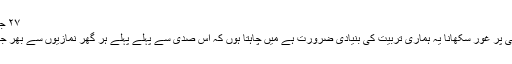
٢٧ جون ١٩٩٧ء بمقام مسجد بیت الاسلام ٹورنٹو، کینیڈا
تلاوت قرآن کریم کی عادت ڈالنا اور اس کے معانی پر غور سکھانا یہ ہماری تربیت کی بنیادی ضرورت ہے میں چاہتا ہوں کہ اس صدی سے پہلے پہلے ہر گھر نمازیوں سے بھر جائے اور ہر گھر میں روزانہ تلاوت قرآن کریم ہو۔